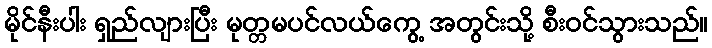
မိုင်နီးပါး ရှည်လျားပြီး မုတ္တမပင်လယ်ကွေ့ အတွင်းသို့ စီးဝင်သွားသည်။